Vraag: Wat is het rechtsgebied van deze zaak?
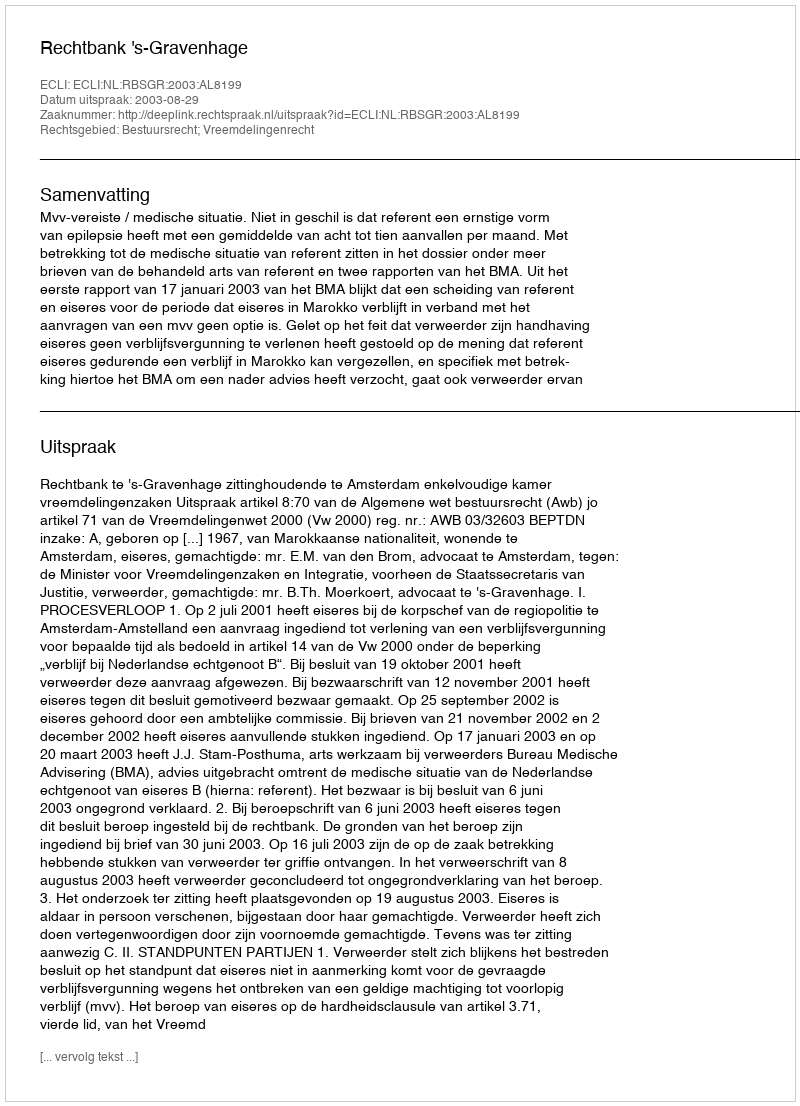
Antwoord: Bestuursrecht; Vreemdelingenrecht